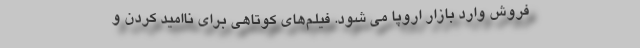
فروش وارد بازار اروپا می شود. فیلم‌های کوتاهی برای ناامید کردن و